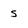
Character: s